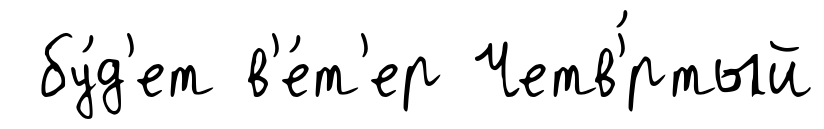
бу́д'ет в'е́т'ер Четв'́ртый